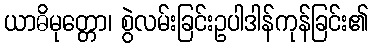
ယာဓိမုတ္တော၊ စွဲလမ်းခြင်းဥပါဒါန်ကုန်ခြင်း၏